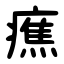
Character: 癄